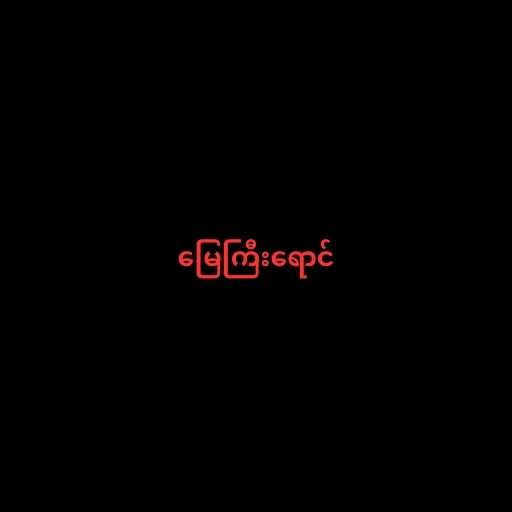
မြေကြီးရောင်